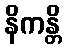
နိကန္တိ